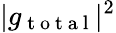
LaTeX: |{g_{\mathrm{~t~o~t~a~l~}}}|^{2}